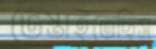
ভেস্তাইতেছিস